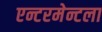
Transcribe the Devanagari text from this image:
एन्टरमेन्टला